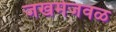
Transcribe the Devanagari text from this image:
जखमेजवळ